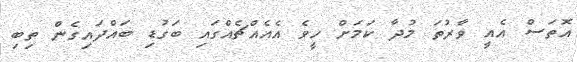
އޮތަސް އެއީ ވާރުތަ މުދާ ކަމަށް ހީވެ އެއެއްޗެއްގައި ބަގުޑި ބައްދައިގެން ތިބި